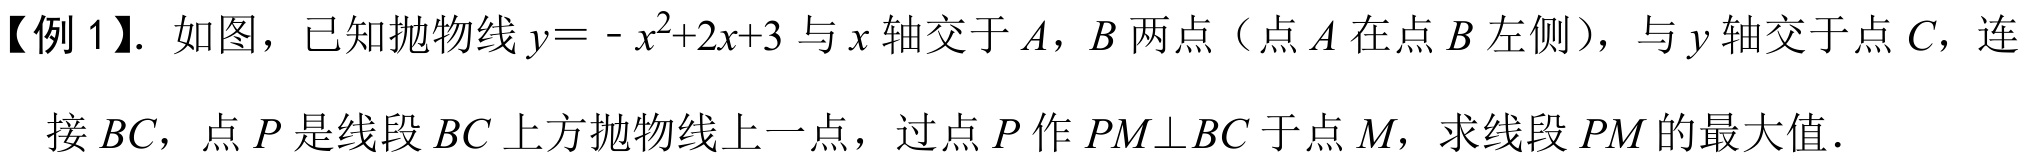
【例1】. 如图，已知抛物线\(y = -x^{2}+2x + 3\)与\(x\)轴交于\(A\)，\(B\)两点（点\(A\)在点\(B\)左侧），与\(y\)轴交于点\(C\)，连接\(BC\)，点\(P\)是线段\(BC\)上方抛物线上一点，过点\(P\)作\(PM\perp BC\)于点\(M\)，求线段\(PM\)的最大值．